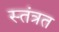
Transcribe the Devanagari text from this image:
स्तंत्रत